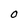
Character: O